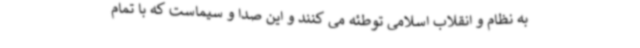
به نظام و انقلاب اسلامی توطئه می کنند و این صدا و سیماست که با تمام